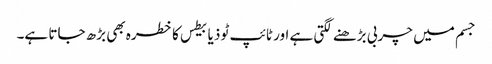
جسم میں چربی بڑھنے لگتی ہے اور ٹائپ ٹو ذیابیطس کا خطرہ بھی بڑھ جاتا ہے۔